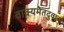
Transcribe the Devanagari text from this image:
वाक्यमेतदुवाच